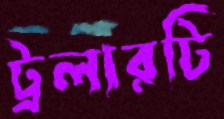
ট্রলারটি